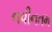
નવીનતમ